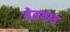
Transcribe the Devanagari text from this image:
देहवाद